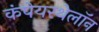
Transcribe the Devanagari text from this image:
कंपेयरथेलॉन